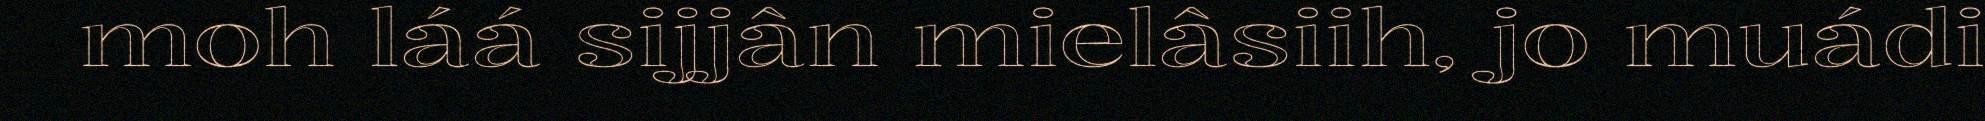
moh láá sijjân mielâsiih, jo muádi